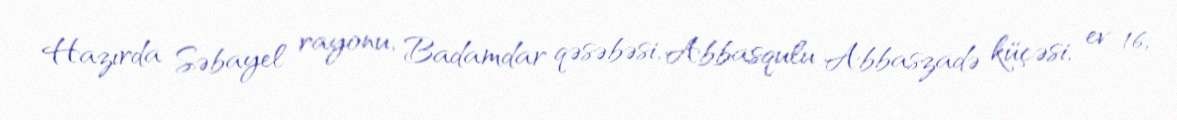
Hazırda Səbayel rayonu, Badamdar qəsəbəsi, Abbasqulu Abbaszadə küçəsi, ev 16,